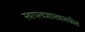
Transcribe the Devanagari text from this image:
स्थापत्यशास्त्रामधील